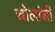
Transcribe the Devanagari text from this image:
चोलांशी